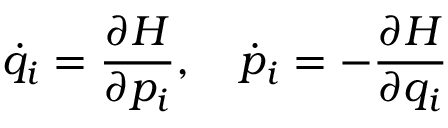
\dot { q } _ { i } = \frac { \partial H } { \partial p _ { i } } , \quad \dot { p } _ { i } = - \frac { \partial H } { \partial q _ { i } }